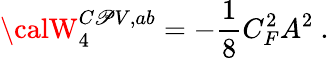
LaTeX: {\calW}_{4}^{C\mathscr{P}V,ab}=-{\frac{{1}}{{8}}}C_{F}^{2}A^{2}\ .